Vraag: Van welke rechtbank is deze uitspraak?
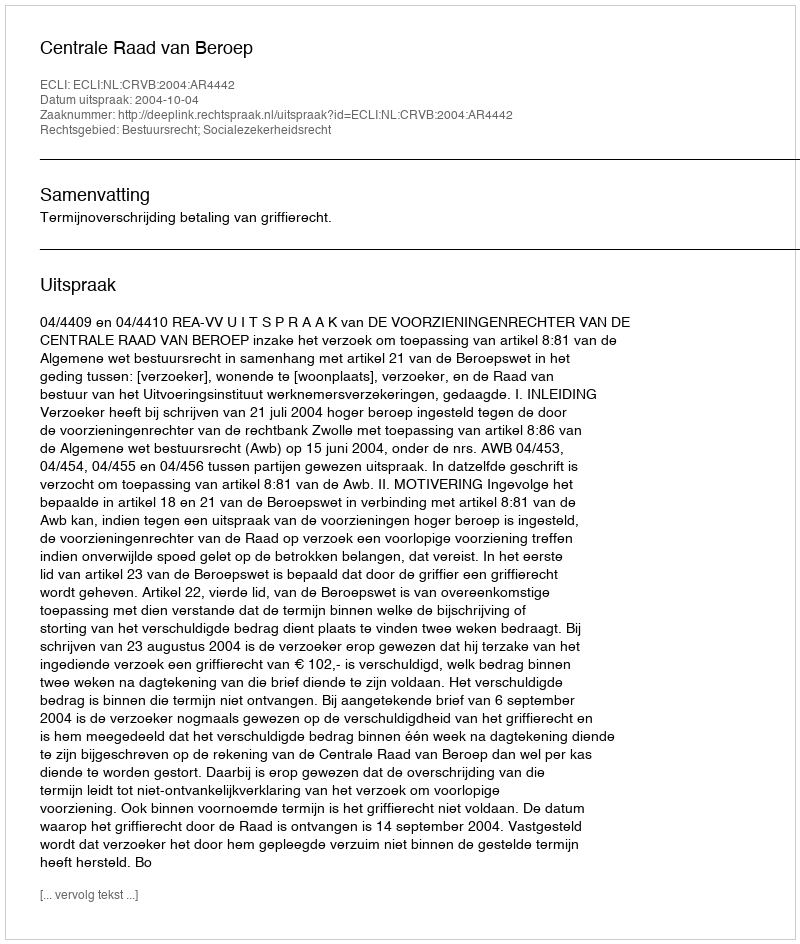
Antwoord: Centrale Raad van Beroep